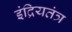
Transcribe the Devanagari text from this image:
इंद्रियतंत्र